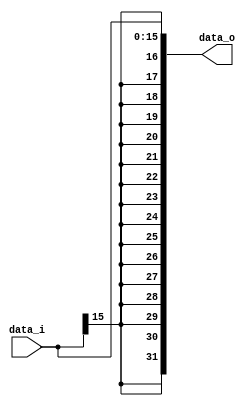
//Subject:     CO project 2 - Sign extend
//--------------------------------------------------------------------------------
//Version:     1
//--------------------------------------------------------------------------------
//Writer:      0516003
//----------------------------------------------
//Date:        
//----------------------------------------------
//Description: 
//--------------------------------------------------------------------------------

module Sign_Extend(
    data_i,
    data_o
    );
               
//I/O ports
input   [16-1:0] data_i;
output  [32-1:0] data_o;

//Internal Signals
wire     [32-1:0] data_o;

//Sign extended
assign data_o={{16{data_i[15]}},data_i[15:0]};

endmodule